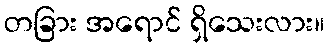
တခြား အရောင် ရှိသေးလား။